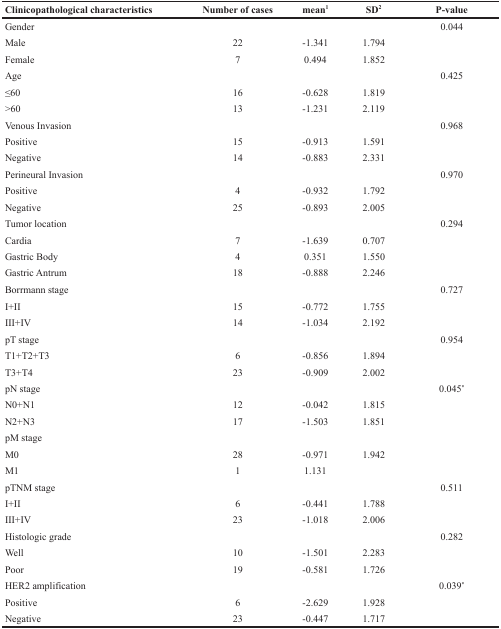
<table><thead><tr><td><b>Clinicopathological characteristics</b></td><td><b>Number of cases</b></td><td><b>mean<sup>1</sup></b></td><td><b>SD<sup>2</sup></b></td><td><b>P-value</b></td></tr></thead><tbody><tr><td>Gender</td><td></td><td></td><td></td><td>0.044</td></tr><tr><td>Male</td><td>22</td><td>-1.341</td><td>1.794</td><td></td></tr><tr><td>Female</td><td>7</td><td>0.494</td><td>1.852</td><td></td></tr><tr><td>Age</td><td></td><td></td><td></td><td>0.425</td></tr><tr><td>≤60</td><td>16</td><td>-0.628</td><td>1.819</td><td></td></tr><tr><td>&gt;60</td><td>13</td><td>-1.231</td><td>2.119</td><td></td></tr><tr><td>Venous Invasion</td><td></td><td></td><td></td><td>0.968</td></tr><tr><td>Positive</td><td>15</td><td>-0.913</td><td>1.591</td><td></td></tr><tr><td>Negative</td><td>14</td><td>-0.883</td><td>2.331</td><td></td></tr><tr><td>Perineural Invasion</td><td></td><td></td><td></td><td>0.970</td></tr><tr><td>Positive</td><td>4</td><td>-0.932</td><td>1.792</td><td></td></tr><tr><td>Negative</td><td>25</td><td>-0.893</td><td>2.005</td><td></td></tr><tr><td>Tumor location</td><td></td><td></td><td></td><td>0.294</td></tr><tr><td>Cardia</td><td>7</td><td>-1.639</td><td>0.707</td><td></td></tr><tr><td>Gastric Body</td><td>4</td><td>0.351</td><td>1.550</td><td></td></tr><tr><td>Gastric Antrum</td><td>18</td><td>-0.888</td><td>2.246</td><td></td></tr><tr><td>Borrmann stage</td><td></td><td></td><td></td><td>0.727</td></tr><tr><td>I+II</td><td>15</td><td>-0.772</td><td>1.755</td><td></td></tr><tr><td>III+IV</td><td>14</td><td>-1.034</td><td>2.192</td><td></td></tr><tr><td>pT stage</td><td></td><td></td><td></td><td>0.954</td></tr><tr><td>T1+T2+T3</td><td>6</td><td>-0.856</td><td>1.894</td><td></td></tr><tr><td>T3+T4</td><td>23</td><td>-0.909</td><td>2.002</td><td></td></tr><tr><td>pN stage</td><td></td><td></td><td></td><td>0.045<sup>*</sup></td></tr><tr><td>N0+N1</td><td>12</td><td>-0.042</td><td>1.815</td><td></td></tr><tr><td>N2+N3</td><td>17</td><td>-1.503</td><td>1.851</td><td></td></tr><tr><td>pM stage</td><td></td><td></td><td></td><td></td></tr><tr><td>M0</td><td>28</td><td>-0.971</td><td>1.942</td><td></td></tr><tr><td>M1</td><td>1</td><td>1.131</td><td></td><td></td></tr><tr><td>pTNM stage</td><td></td><td></td><td></td><td>0.511</td></tr><tr><td>I+II</td><td>6</td><td>-0.441</td><td>1.788</td><td></td></tr><tr><td>III+IV</td><td>23</td><td>-1.018</td><td>2.006</td><td></td></tr><tr><td>Histologic grade</td><td></td><td></td><td></td><td>0.282</td></tr><tr><td>Well</td><td>10</td><td>-1.501</td><td>2.283</td><td></td></tr><tr><td>Poor</td><td>19</td><td>-0.581</td><td>1.726</td><td></td></tr><tr><td>HER2 amplification</td><td></td><td></td><td></td><td>0.039<sup>*</sup></td></tr><tr><td>Positive</td><td>6</td><td>-2.629</td><td>1.928</td><td></td></tr><tr><td>Negative</td><td>23</td><td>-0.447</td><td>1.717</td><td></td></tr></tbody></table>